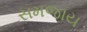
સમજાય